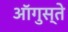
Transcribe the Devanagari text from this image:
ऑगुस्ते